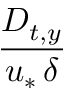
\frac { D _ { t , y } } { u _ { * } \, \delta }